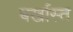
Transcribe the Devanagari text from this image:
बर्खास्त